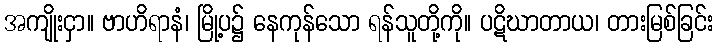
အကျိုးငှာ။ ဗာဟိရာနံ၊ မြို့ပ၌ နေကုန်သော ရန်သူတို့ကို။ ပဋိဃာတာယ၊ တားမြစ်ခြင်း